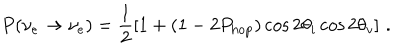
P ( \nu _ { e } \rightarrow \nu _ { e } ) = \frac { 1 } { 2 } \left[ 1 + ( 1 - 2 P _ { \mathrm { h o p } } ) \cos { 2 \theta _ { i } } \cos { 2 \theta _ { v } } \right] \, .